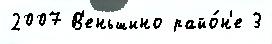
2007 В'еньшино райо́н'е 3